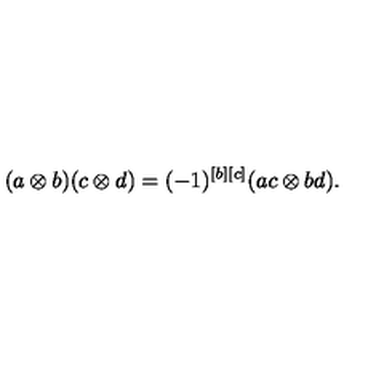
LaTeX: ( a \otimes b ) ( c \otimes d ) = ( - 1 ) ^ { [ b ] [ c ] } ( a c \otimes b d ) .